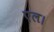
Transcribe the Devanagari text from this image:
एल।